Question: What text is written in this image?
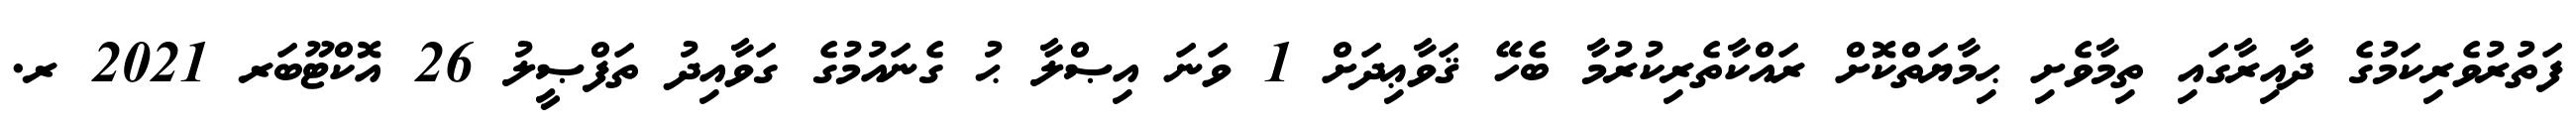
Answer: ފަތުރުވެރިކަމުގެ ދާއިރާގައި ތިމާވެށި ޙިމާޔަތްކޮށް ރައްކާތެރިކުރުމާ ބެހޭ ޤަވާޢިދަށް 1 ވަނަ އިޞްލާ ޙު ގެނައުމުގެ ގަވާއިދު ތަފްޞީލު 26 އޮކްޓޫބަރ 2021 ރ.